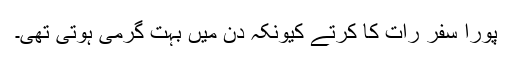
پورا سفر رات کا کرتے کیونکہ دن میں بہت گرمی ہوتی تھی۔